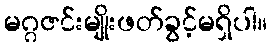
မဂ္ဂဇင်းမျိုးဖတ်ခွင့်မရှိပါ။